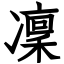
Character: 凜